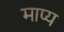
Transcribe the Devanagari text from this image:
माप्य